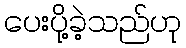
ပေးပို့ခဲ့သည်ဟု